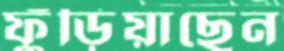
ফুঁড়িয়াছেন